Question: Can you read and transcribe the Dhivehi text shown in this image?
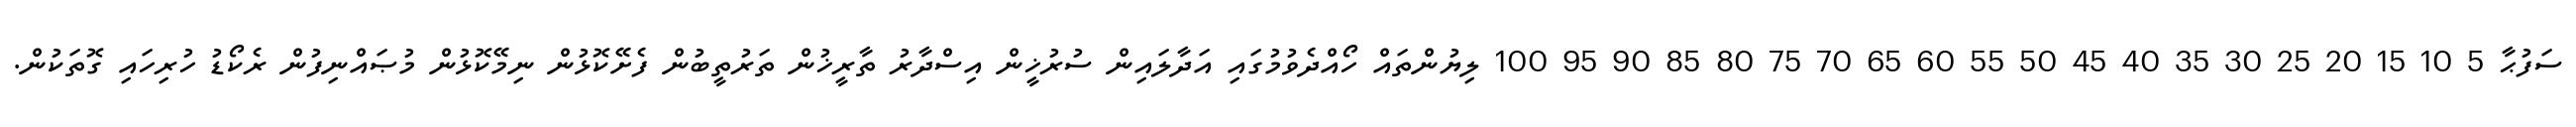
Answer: ސަފުޙާ 5 10 15 20 25 30 35 40 45 50 55 60 65 70 75 80 85 90 95 100 ލިޔުންތައް ހޯއްދެވުމުގައި އަދާލައިން ސުރުޚީން އިސްދާރު ތާރީޚުން ތަރުތީބުން ފެށޭކޮޅުން ނިމޭކޮޅުން މުޞައްނިފުން ރެކޯޑު ހުރިހައި ގޮތަކުން.